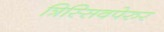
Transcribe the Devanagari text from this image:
त्रिस्सिवपेरुर